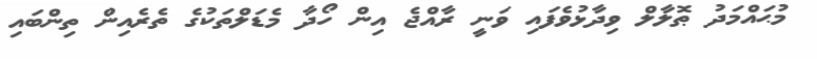
މުޙައްމަދު ޠޮލާލް ވިދާޅުވެފައި ވަނީ ރާއްޖެ އިން ހޯދާ މެޑަލްތަކުގެ ތެރެއިން ތިންބައި